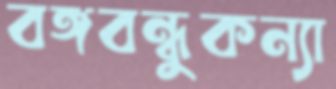
বঙ্গবন্ধুকন্যা